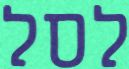
לסל